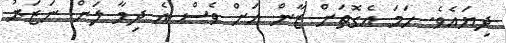
ދިޔައެވެ. ހަމަ އެގޮތަށް ޒާން އަށް ވެސް އެ ދިމާ ލަށް ނަޒަރު